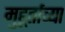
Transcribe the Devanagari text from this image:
मुहूर्ताच्या